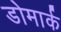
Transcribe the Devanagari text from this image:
डोमार्क